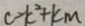
c > k ^ { 2 } + k m